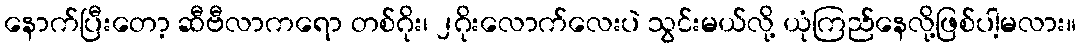
နောက်ပြီးတော့ ဆီဗီလာကရော တစ်ဂိုး၊ ၂ဂိုးလောက်လေးပဲ သွင်းမယ်လို့ ယုံကြည်နေလို့ဖြစ်ပါ့မလား။